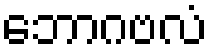
ဘောဂဗလံ